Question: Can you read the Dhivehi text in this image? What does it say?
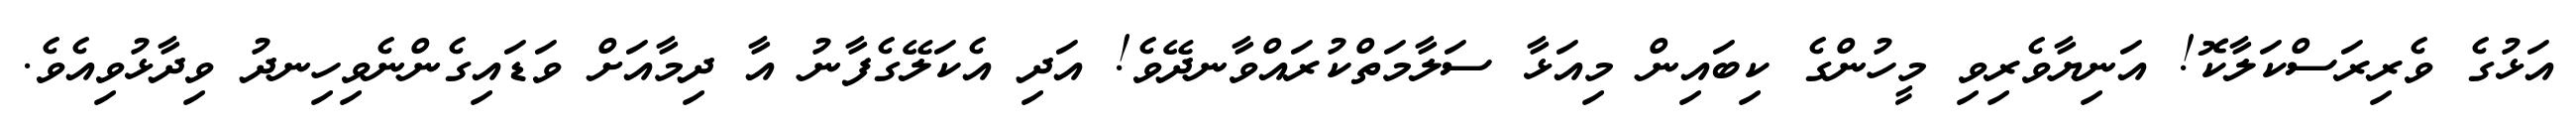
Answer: އަޅުގެ ވެރިރަސްކަލާކޮ! އަނިޔާވެރިވި މީހުންގެ ކިބައިން މިއަޅާ ސަލާމަތްކުރައްވާނދޭވެ! އަދި އެކަލޭގެފާނު އާ ދިމާއަށް ވަޑައިގެންނެވިހިނދު ވިދާޅުވިއެވެ.